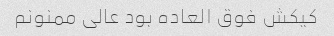
کیکش فوق العاده بود عالی ممنونم